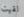
لقيت